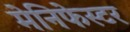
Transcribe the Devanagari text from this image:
मेनिफेस्टर